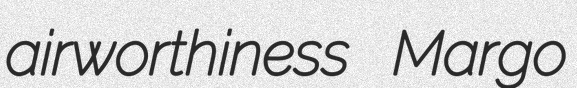
airworthiness Margo